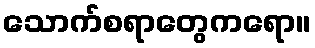
သောက်စရာတွေကရော။